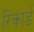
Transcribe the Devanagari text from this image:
रिकार्ड